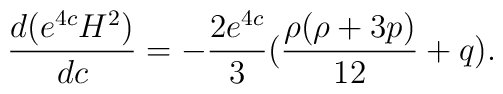
\frac{d(e^{4c}H^2)}{dc}=-\frac{2e^{4c}}{3}(\frac{\rho (\rho+3p)}{12}+q).